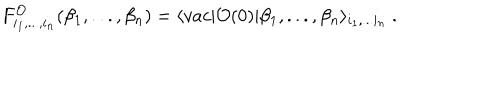
LaTeX: F _ { i _ { 1 } , . . . , i _ { n } } ^ { \cal O } ( \beta _ { 1 } , . . . , \beta _ { n } ) = \langle v a c \vert { \cal O } ( 0 ) \vert \beta _ { 1 } , . . . , \beta _ { n } \rangle _ { i _ { 1 } , . . . i _ { n } } \ .